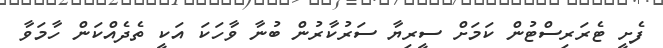
ފެށީ ޓެރަރިސްޓުން ކަމަށް ސީރިޔާ ސަރުކާރުން ބުނާ ވާހަކަ އަކީ ތެދެއްކަން ހާމަވާ